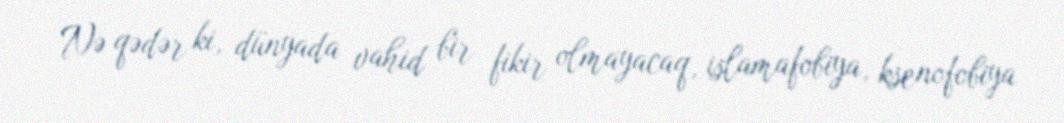
Nə qədər ki, dünyada vahid bir fikir olmayacaq, islamafobiya, ksenofobiya